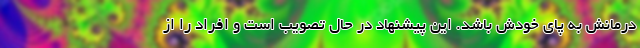
درمانش به پای خودش باشد. این پیشنهاد در حال تصویب است و افراد را از